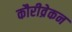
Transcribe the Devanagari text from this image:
कौरीव्रेकन